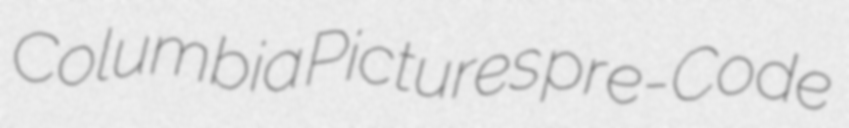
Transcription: Columbia Pictures pre-Code